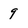
Character: 9